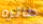
طائره